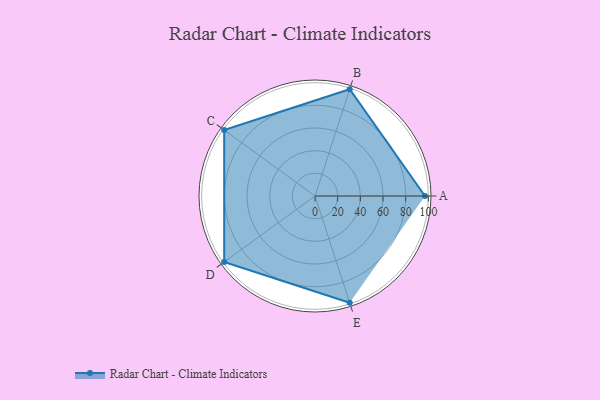
{"axis": {"x": "Skill", "y": "Score"}, "legend": ["Profile"], "data": [{"x": "A", "y": 97.0, "type": "Profile"}, {"x": "B", "y": 99, "type": "Profile"}, {"x": "C", "y": 99, "type": "Profile"}, {"x": "D", "y": 99, "type": "Profile"}, {"x": "E", "y": 99, "type": "Profile"}]}